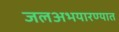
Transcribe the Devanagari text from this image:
जलअभयारण्यात